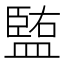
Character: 𥂠